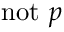
\mathrm { n o t } ~ p